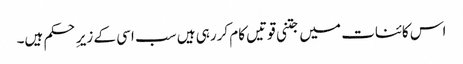
اس کائنات میں جتنی قوتیں کام کررہی ہیں سب اسی کے زیرِ حکم ہیں۔